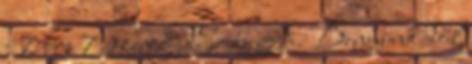
- 7 óra 7, szerző: Soós A. Bennünk dől